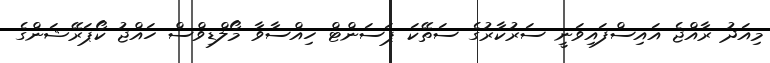
މިއަދު ރާއްޖެ އައިސްފައިވަނީ ސަރުކާރުގެ ސަތޭކަ ޕަސަންޓް ހިއްސާވާ މޯލްޑިވްސް ހައްޖު ކޯޕަރޭޝަންގެ